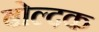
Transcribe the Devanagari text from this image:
बोल्दक